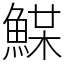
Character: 𩸏